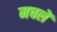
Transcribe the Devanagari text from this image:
मचलें